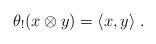
LaTeX: \begin{align*}\theta_!(x\otimes y)={\langle x,y \rangle}\;. \end{align*}